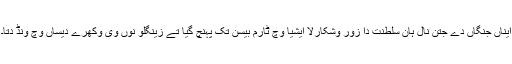
ایناں جنگاں دے جتن نال ہان سلطنت دا زور وشکارلا ایشیا وچ ٹارم بیسن تک پہنچ گیا تے زینگلو نوں وی وکھرے دیساں وچ ونڈ دتا۔